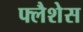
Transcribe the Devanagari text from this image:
फ्लैशेस